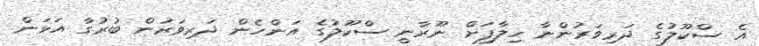
އެ ސްކޫލުގެ ދަރިވަރުންނާ ހިލާފަށް ނޫރާނީ ސްކޫލުގެ އަންހެން ދަރިވަރުން ބުރުގާ އަޅަން